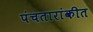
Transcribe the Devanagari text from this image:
पंचतारांकीत